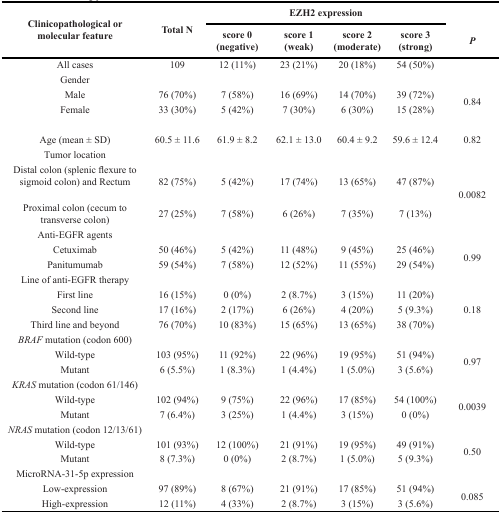
<table><thead><tr><td rowspan="2"><b>Clinicopathological or molecular feature</b></td><td rowspan="2"><b>Total N</b></td><td colspan="4"><b>EZH2 expression</b></td><td rowspan="2"><b><i>P</i></b></td></tr><tr><td><b>score 0(negative)</b></td><td><b>score 1(weak)</b></td><td><b>score 2(moderate)</b></td><td><b>score 3 (strong)</b></td></tr></thead><tbody><tr><td>All cases</td><td>109</td><td>12 (11%)</td><td>23 (21%)</td><td>20 (18%)</td><td>54 (50%)</td><td></td></tr><tr><td>Gender</td><td></td><td></td><td></td><td></td><td></td><td></td></tr><tr><td>Male</td><td>76 (70%)</td><td>7 (58%)</td><td>16 (69%)</td><td>14 (70%)</td><td>39 (72%)</td><td rowspan="2">0.84</td></tr><tr><td>Female</td><td>33 (30%)</td><td>5 (42%)</td><td>7 (30%)</td><td>6 (30%)</td><td>15 (28%)</td></tr><tr><td>Age (mean ± SD)</td><td>60.5 ± 11.6</td><td>61.9 ± 8.2</td><td>62.1 ± 13.0</td><td>60.4 ± 9.2</td><td>59.6 ± 12.4</td><td>0.82</td></tr><tr><td>Tumor location</td><td></td><td></td><td></td><td></td><td></td><td></td></tr><tr><td>Distal colon (splenic flexure to sigmoid colon) and Rectum</td><td>82 (75%)</td><td>5 (42%)</td><td>17 (74%)</td><td>13 (65%)</td><td>47 (87%)</td><td>0.0082</td></tr><tr><td>Proximal colon (cecum to transverse colon)</td><td>27 (25%)</td><td>7 (58%)</td><td>6 (26%)</td><td>7 (35%)</td><td>7 (13%)</td><td></td></tr><tr><td>Anti-EGFR agents</td><td></td><td></td><td></td><td></td><td></td><td></td></tr><tr><td>Cetuximab</td><td>50 (46%)</td><td>5 (42%)</td><td>11 (48%)</td><td>9 (45%)</td><td>25 (46%)</td><td rowspan="2">0.99</td></tr><tr><td>Panitumumab</td><td>59 (54%)</td><td>7 (58%)</td><td>12 (52%)</td><td>11 (55%)</td><td>29 (54%)</td></tr><tr><td>Line of anti-EGFR therapy</td><td></td><td></td><td></td><td></td><td></td><td></td></tr><tr><td>First line</td><td>16 (15%)</td><td>0 (0%)</td><td>2 (8.7%)</td><td>3 (15%)</td><td>11 (20%)</td><td rowspan="3">0.18</td></tr><tr><td>Second line</td><td>17 (16%)</td><td>2 (17%)</td><td>6 (26%)</td><td>4 (20%)</td><td>5 (9.3%)</td></tr><tr><td>Third line and beyond</td><td>76 (70%)</td><td>10 (83%)</td><td>15 (65%)</td><td>13 (65%)</td><td>38 (70%)</td></tr><tr><td><i>BRAF</i> mutation (codon 600)</td><td></td><td></td><td></td><td></td><td></td><td></td></tr><tr><td>Wild-type</td><td>103 (95%)</td><td>11 (92%)</td><td>22 (96%)</td><td>19 (95%)</td><td>51 (94%)</td><td rowspan="2">0.97</td></tr><tr><td>Mutant</td><td>6 (5.5%)</td><td>1 (8.3%)</td><td>1 (4.4%)</td><td>1 (5.0%)</td><td>3 (5.6%)</td></tr><tr><td><i>KRAS</i> mutation (codon 61/146)</td><td></td><td></td><td></td><td></td><td></td><td></td></tr><tr><td>Wild-type</td><td>102 (94%)</td><td>9 (75%)</td><td>22 (96%)</td><td>17 (85%)</td><td>54 (100%)</td><td rowspan="2">0.0039</td></tr><tr><td>Mutant</td><td>7 (6.4%)</td><td>3 (25%)</td><td>1 (4.4%)</td><td>3 (15%)</td><td>0 (0%)</td></tr><tr><td><i>NRAS</i> mutation (codon 12/13/61)</td><td></td><td></td><td></td><td></td><td></td><td></td></tr><tr><td>Wild-type</td><td>101 (93%)</td><td>12 (100%)</td><td>21 (91%)</td><td>19 (95%)</td><td>49 (91%)</td><td rowspan="2">0.50</td></tr><tr><td>Mutant</td><td>8 (7.3%)</td><td>0 (0%)</td><td>2 (8.7%)</td><td>1 (5.0%)</td><td>5 (9.3%)</td></tr><tr><td>MicroRNA-31-5p expression</td><td></td><td></td><td></td><td></td><td></td><td></td></tr><tr><td>Low-expression</td><td>97 (89%)</td><td>8 (67%)</td><td>21 (91%)</td><td>17 (85%)</td><td>51 (94%)</td><td rowspan="2">0.085</td></tr><tr><td>High-expression</td><td>12 (11%)</td><td>4 (33%)</td><td>2 (8.7%)</td><td>3 (15%)</td><td>3 (5.6%)</td></tr></tbody></table>